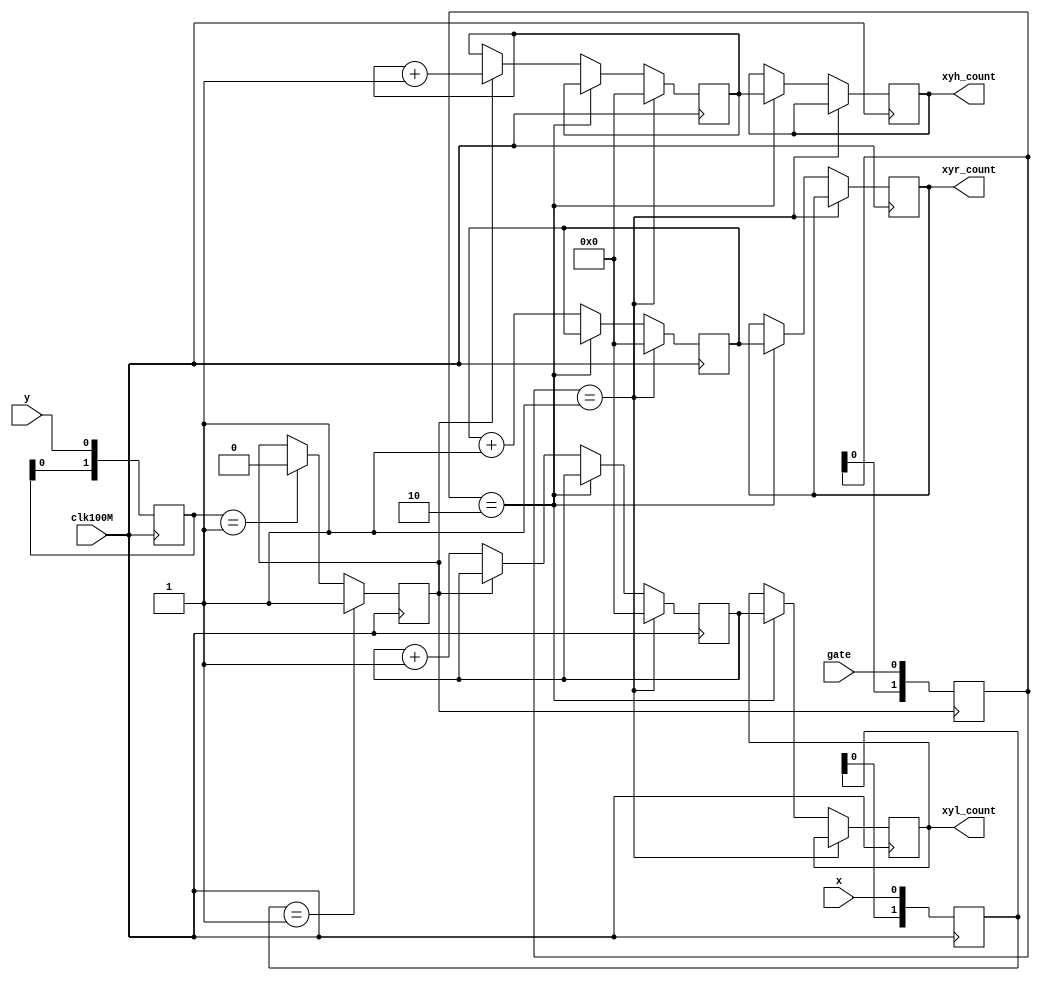

module Duty_400M(
	input clk100M, 
	input x, y, gate,
	output reg [31:0] xyr_count, xyh_count, xyl_count

);

	reg [1:0] x_delay, y_delay;
	always@(posedge clk100M) begin
		x_delay <= {x_delay[0], x};
		y_delay <= {y_delay[0], y};
	end
	wire x_rise = (x_delay == 2'b01);
	wire x_fall = {x_delay == 2'b10};
	wire y_rise = {y_delay == 2'b01};

	reg xy; initial xy = 'b0;
	always@(posedge clk100M) begin
		if(x_rise) xy <= 1'b1;
		else if(y_rise) xy <= 1'b0;
		else xy <= xy;
	end

	reg [1:0] g_sync;
	always@(posedge xy)begin
//		if(x_rise)
		g_sync <= {g_sync[0], gate};
	end
	wire g_rise = (g_sync == 2'b01);
	wire g_fall = (g_sync == 2'b10);

	reg [31:0] r_cnt;
	initial begin xyr_count = 'b0; r_cnt = 'b0; end
	always@(posedge clk100M) begin
		if(g_rise)	r_cnt <= 28'b0;
		else if(g_fall)	xyr_count <= r_cnt;
		else 	 	r_cnt <= r_cnt + 1'b1;
	end

	reg [31:0] xyh_cnt;
	initial begin xyh_count = 'b0; xyh_cnt = 'b0; end
	always@(posedge clk100M) begin
		if(g_rise)	xyh_cnt <= 28'b0;
		else if(g_fall)	xyh_count <= xyh_cnt;
		else if(xy) 	xyh_cnt <= xyh_cnt + 1'b1;
		else 		xyh_cnt <= xyh_cnt;
	end

	reg [31:0] xyl_cnt;
	initial begin xyl_count = 'b0; xyl_cnt = 'b0; end
	always@(posedge clk100M) begin
		if(g_rise)	xyl_cnt <= 28'b0;
		else if(g_fall)	xyl_count <= xyl_cnt;
		else if(!xy) 	xyl_cnt <= xyl_cnt + 1'b1;
		else 		xyl_cnt <= xyl_cnt;
	end

endmodule